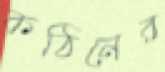
কঠিনের